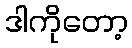
ဒါကိုတော့